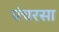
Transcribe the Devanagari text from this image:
पंचरसा